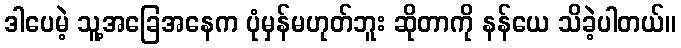
ဒါပေမဲ့ သူ့အခြေအနေက ပုံမှန်မဟုတ်ဘူး ဆိုတာကို နန်ယေ သိခဲ့ပါတယ်။